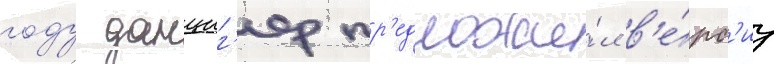
году данциг'ер пр'едложи́л в'е́рс'иу